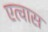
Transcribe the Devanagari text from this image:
एत्वास